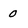
Character: 0